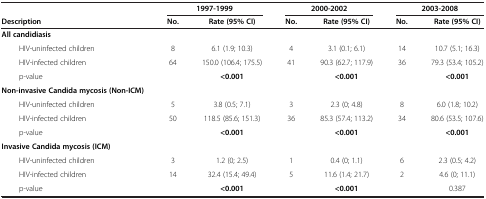
|  | <COLSPAN=2> 1997-1999 | <COLSPAN=2> 2000-2002 | <COLSPAN=2> 2003-2008 |
 | Description | No. | Rate (95% CI) | No. | Rate (95% CI) | No. | Rate (95% CI) |
 | --- | --- | --- | --- | --- | --- | --- |
 | All candidiasis |  |  |  |  |  |  |
 | HIV-uninfected children | 8 | 6.1 (1.9; 10.3) | 4 | 3.1 (0.1; 6.1) | 14 | 10.7 (5.1; 16.3) |
 | HIV-infected children | 64 | 150.0 (106.4; 175.5) | 41 | 90.3 (62.7; 117.9) | 36 | 79.3 (53.4; 105.2) |
 | p-value |  | <0.001 |  | <0.001 |  | <0.001 |
 | Non-invasive Candida mycosis (Non-ICM) |  |  |  |  |  |  |
 | HIV-uninfected children | 5 | 3.8 (0.5; 7.1) | 3 | 2.3 (0; 4.8) | 8 | 6.0 (1.8; 10.2) |
 | HIV-infected children | 50 | 118.5 (85.6; 151.3) | 36 | 85.3 (57.4; 113.2) | 34 | 80.6 (53.5; 107.6) |
 | p-value |  | <0.001 |  | <0.001 |  | <0.001 |
 | Invasive Candida mycosis (ICM) |  |  |  |  |  |  |
 | HIV-uninfected children | 3 | 1.2 (0; 2.5) | 1 | 0.4 (0; 1.1) | 6 | 2.3 (0.5; 4.2) |
 | HIV-infected children | 14 | 32.4 (15.4; 49.4) | 5 | 11.6 (1.4; 21.7) | 2 | 4.6 (0; 11.1) |
 | p-value |  | <0.001 |  | <0.001 |  | 0.387 |